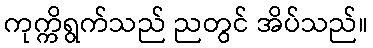
ကုက္ကိရွက်သည် ညတွင် အိပ်သည်။